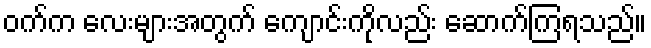
ဝက်က လေးများအတွက် ကျောင်းကိုလည်း ဆောက်ကြရသည်။